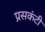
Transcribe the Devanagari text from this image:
प्रसकंटी